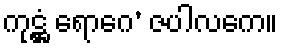
ကုဋ္ဌံ ရောဂေ’ ဇပါလကေ။